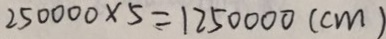
2 5 0 0 0 0 \times 5 = 1 2 5 0 0 0 0 ( c m )